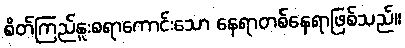
စိတ်ကြည်နူးစရာကောင်းသော နေရာတစ်နေရာဖြစ်သည်။